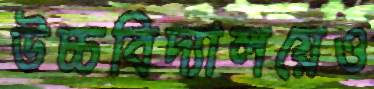
উচ্চবিদ্যালয়েও